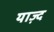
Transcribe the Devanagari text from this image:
याज़्द